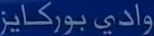
واديبورکایز